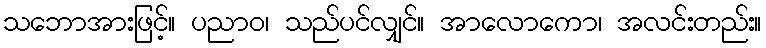
သဘောအားဖြင့်။ ပညာဝ၊ သည်ပင်လျှင်။ အာလောကော၊ အလင်းတည်း။